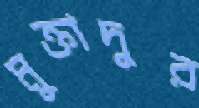
মুক্তাদুর